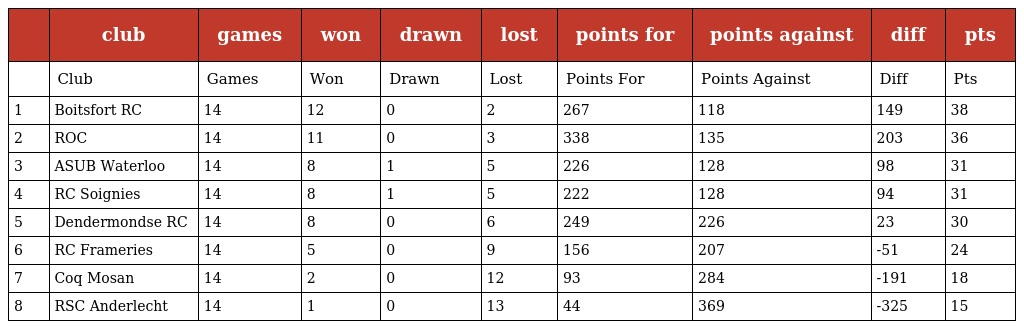
|  | club | games | won | drawn | lost | points for | points against | diff | pts |
 | --- | --- | --- | --- | --- | --- | --- | --- | --- | --- |
 |  | Club | Games | Won | Drawn | Lost | Points For | Points Against | Diff | Pts |
 | 1 | Boitsfort RC | 14 | 12 | 0 | 2 | 267 | 118 | 149 | 38 |
 | 2 | ROC | 14 | 11 | 0 | 3 | 338 | 135 | 203 | 36 |
 | 3 | ASUB Waterloo | 14 | 8 | 1 | 5 | 226 | 128 | 98 | 31 |
 | 4 | RC Soignies | 14 | 8 | 1 | 5 | 222 | 128 | 94 | 31 |
 | 5 | Dendermondse RC | 14 | 8 | 0 | 6 | 249 | 226 | 23 | 30 |
 | 6 | RC Frameries | 14 | 5 | 0 | 9 | 156 | 207 | -51 | 24 |
 | 7 | Coq Mosan | 14 | 2 | 0 | 12 | 93 | 284 | -191 | 18 |
 | 8 | RSC Anderlecht | 14 | 1 | 0 | 13 | 44 | 369 | -325 | 15 |